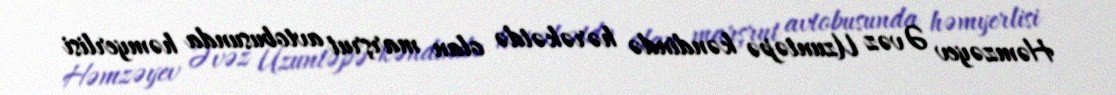
Həmzəyev Əvəz Uzuntəpə kəndində hərəkətdə olan marşrut avtobusunda həmyerlisi